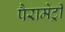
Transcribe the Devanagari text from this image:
पैरामेट्री